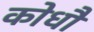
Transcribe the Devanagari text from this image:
कोधौं